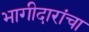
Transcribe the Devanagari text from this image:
भागीदारांचा